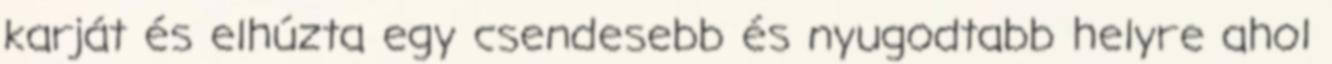
karját és elhúzta egy csendesebb és nyugodtabb helyre ahol